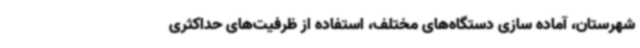
شهرستان، آماده سازی دستگاه‌های مختلف، استفاده از ظرفیت‌های حداکثری